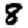
Digit: 8